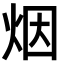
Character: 烟